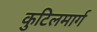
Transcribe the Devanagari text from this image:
कुटिलमार्ग